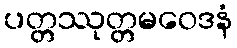
ပတ္တဿုတ္တမဝေဒနံ